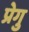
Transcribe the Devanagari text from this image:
प्रेगु